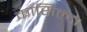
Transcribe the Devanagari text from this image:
कासिल्दा